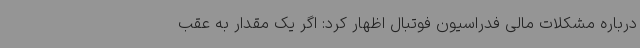
درباره مشکلات مالی فدراسیون فوتبال اظهار کرد: اگر یک مقدار به عقب